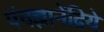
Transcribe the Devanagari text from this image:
पंचज्ञानेंद्रिये